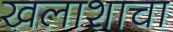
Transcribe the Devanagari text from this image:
खलाशाचा